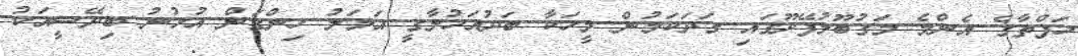
ހަފްތާގެ އެންމެ މަގުބޫލުފޭދޫގައި ގަދަކަމުން މީހަކާ ބަދުއަހުލާގީ އަމަލު ހިންގަން އުޅުނު ބިދޭސީއަކު